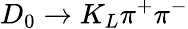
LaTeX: D_{0}\to K_{L}\pi^{+}\pi^{-}